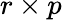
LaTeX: r\times p